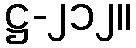
ဋ္ဌ-၂၁၂။